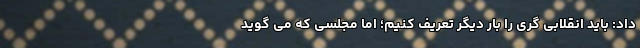
داد: باید انقلابی گری را بار دیگر تعریف کنیم؛ اما مجلسی که می گوید